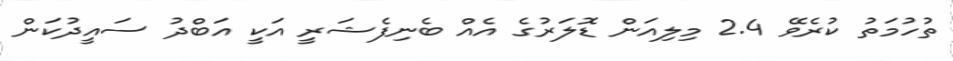
ތުހުމަތު ކުރެވޭ 2.4 މިލިއަން ޑޮލަރުގެ އެއް ބެނިފެޝަރީ އަކީ އަބްދު ސައީދުކަން